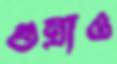
গুম্‌রাও